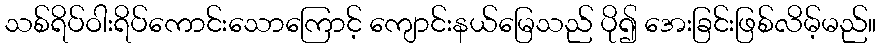
သစ်ရိပ်ဝါးရိပ်ကောင်းသောကြောင့် ကျောင်းနယ်မြေသည် ပို၍ အေးခြင်းဖြစ်လိမ့်မည်။